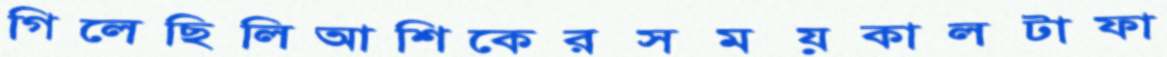
গিলেছিলিআশিকেরসময়কালটাফা